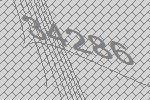
34286